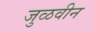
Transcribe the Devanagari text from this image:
जुळवीन